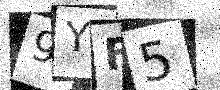
Text: 9YF5